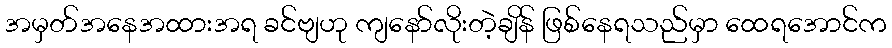
အမှတ်အနေအထားအရ ခင်ဗျဟု ကျနော်လိုးတဲ့ချိန် ဖြစ်နေရသည်မှာ ထေရအောင်က